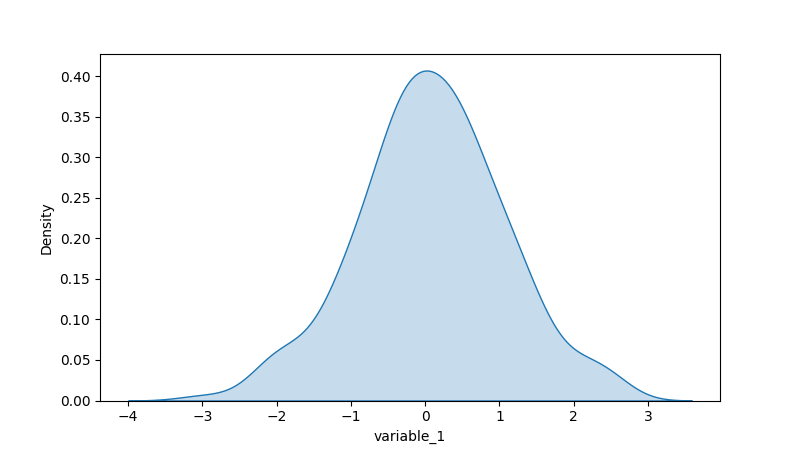
python, seaborn, kdeplot, hue='None', fill=True, bw_adjust=1.0